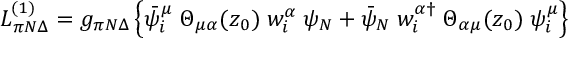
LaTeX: { \cal L } _ { \pi N \Delta } ^ { ( 1 ) } = g _ { \pi N \Delta } \left\{ \bar { \psi } _ { i } ^ { \mu } \; \Theta _ { \mu \alpha } ( z _ { 0 } ) \; w _ { i } ^ { \alpha } \; \psi _ { N } + \bar { \psi } _ { N } \; w _ { i } ^ { \alpha \dagger } \; \Theta _ { \alpha \mu } ( z _ { 0 } ) \; \psi _ { i } ^ { \mu } \right\}